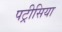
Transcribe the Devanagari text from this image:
पट्रीसिया